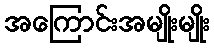
အကြောင်းအမျိုးမျိုး